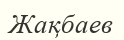
Жақбаев